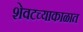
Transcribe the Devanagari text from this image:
शेवटच्याकाळात